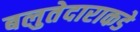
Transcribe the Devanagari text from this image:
बलुतेदाराकडे